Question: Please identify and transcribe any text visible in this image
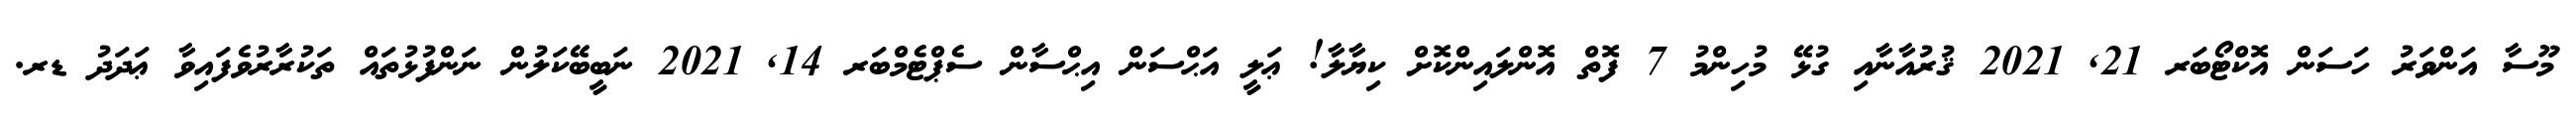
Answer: މޫސާ އަންވަރު ހަސަން އޮކްޓޯބަރ 21, 2021 ޤުރުއާނާއި ގުޅޭ މުހިންމު 7 ފޮތް އޮންލައިންކޮށް ކިޔާލާ! ޢަލީ އަޙްސަން އިޙްސާން ސެޕްޓެމްބަރ 14, 2021 ނަބީބޭކަލުން ނަންފުޅުތައް ތަކުރާރުވެފައިވާ ޢަދަދު ޑރ.